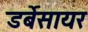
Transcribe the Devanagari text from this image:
डर्बेसायर